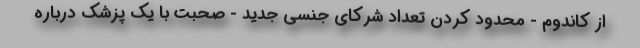
از کاندوم - محدود کردن تعداد شرکای جنسی جدید - صحبت با یک پزشک درباره